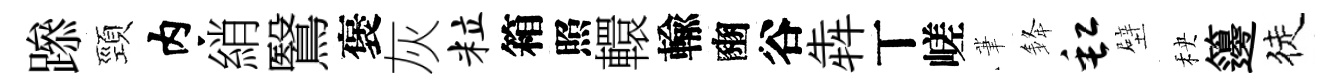
𨅶頸内綃鷖褒灰粒箱照轘輸豳谷犇丅嵯茟𨦟缸壁秧籩徒